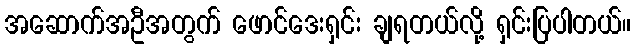
အဆောက်အဦအတွက် ဖောင်ဒေးရှင်း ချရတယ်လို့ ရှင်းပြပါတယ်။